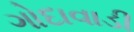
ગોદાવાડી